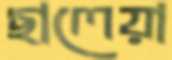
ছালেয়া